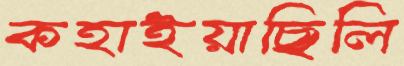
কহাইয়াছিলি